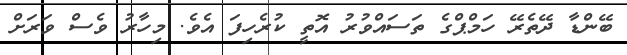
ބޭންޑާ ދޭތެރޭ ހަމްޕްގެ ތަސައްވުރު އޮތީ ކުރެހިފަ އެވެ. މިހާރު ވެސް ވަރަށް